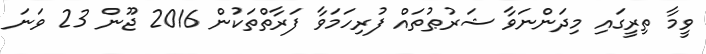
ވީމާ ތިރީގައި މިދަންނަވާ ޝަރުޠުތައް ފުރިހަމަވާ ފަރާތްތަކުން 2016 ޖޫން 23 ވަނަ